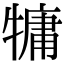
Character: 𤛑